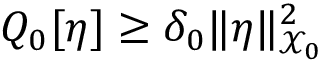
Q _ { 0 } [ \eta ] \ge \delta _ { 0 } \| \eta \| _ { \mathcal { X } _ { 0 } } ^ { 2 }